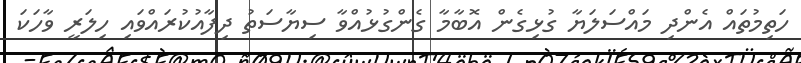
ހަތިމުތައް އެންދި މައްސަލަޔާ ގުޅިގެން އޮބާމާ ގެންގުޅުއްވާ ސިޔާސަތު ދިފާއުކުރައްވައި ހިލަރީ ވާހަކަ